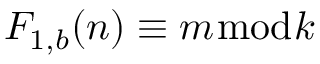
F _ { 1 , b } ( n ) \equiv m { \bmod { k } }